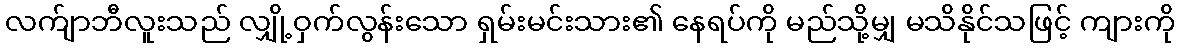
လက်ျာဘီလူးသည် လျှို့ဝှက်လွန်းသော ရှမ်းမင်းသား၏ နေရပ်ကို မည်သို့မျှ မသိနိုင်သဖြင့် ကျားကို